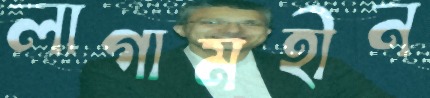
লাগামহীন